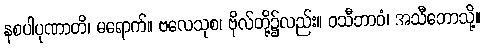
နစပါပုဏာတိ၊ မရောက်။ ဗလေသုစ၊ ဗိုလ်တို့၌လည်း။ ဝသီဘာဝံ၊ အသီဘောသို့။